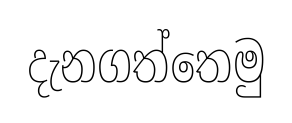
දැනගත්තෙමු